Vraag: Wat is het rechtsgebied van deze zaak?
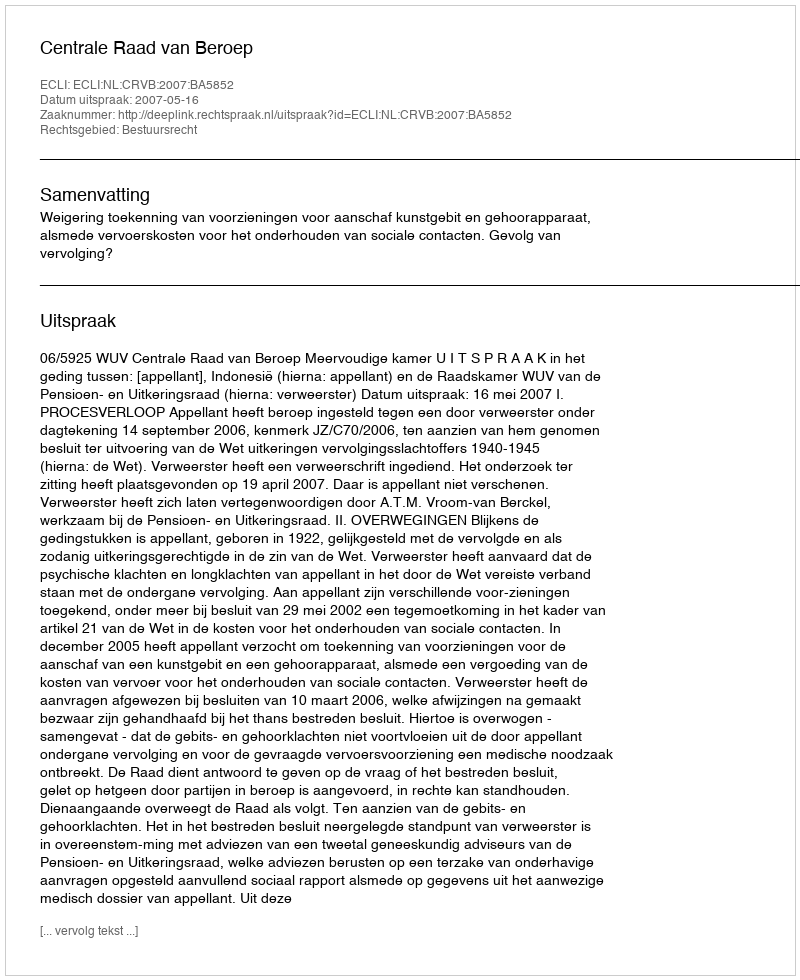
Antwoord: Bestuursrecht